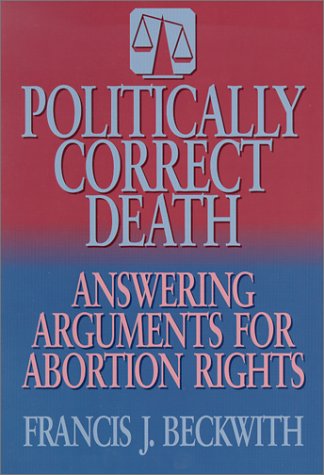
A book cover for Politically Correct Death: Answering the Arguments for Abortion Rights; Francis J. Beckwith; Politics & Social Sciences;